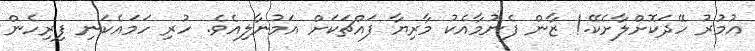
އުމުރު ހޭދަކޮށްލާށެކޭ.! ޒާން ފެނުމާއެކު މާރިޔާ ފައްޗަކަށް އަމުނާލިއެވެ. ހުރި ހަމައެކަނި ފިރިހެން